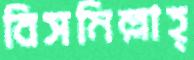
বিসমিল্লাহ্